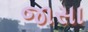
જાસા